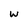
Character: w